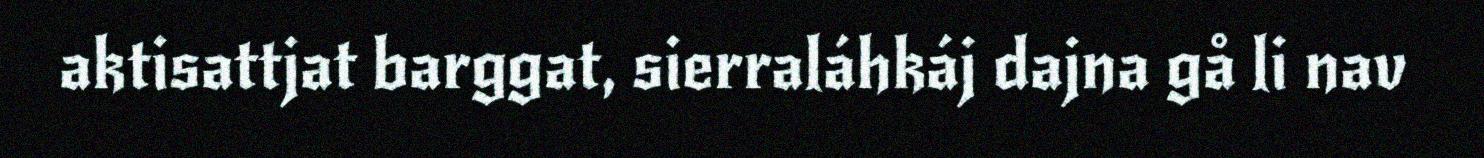
aktisattjat barggat, sierraláhkáj dajna gå li nav